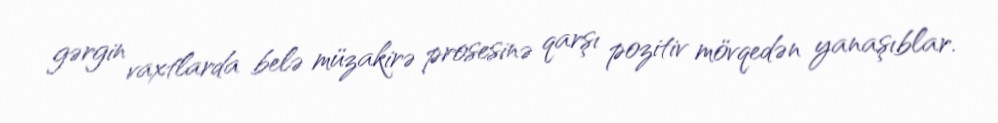
gərgin vaxtlarda belə müzakirə prosesinə qarşı pozitiv mövqedən yanaşıblar.